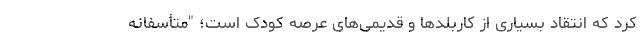
کرد که انتقاد بسیاری از کاربلدها و قدیمی‌های عرصه کودک است؛ "متأسفانه